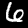
Digit: 6